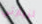
لزيارتي